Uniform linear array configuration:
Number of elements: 64
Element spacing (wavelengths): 0.5
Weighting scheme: hann
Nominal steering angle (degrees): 15
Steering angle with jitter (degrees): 13.041
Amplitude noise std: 0.05
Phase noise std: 0.05

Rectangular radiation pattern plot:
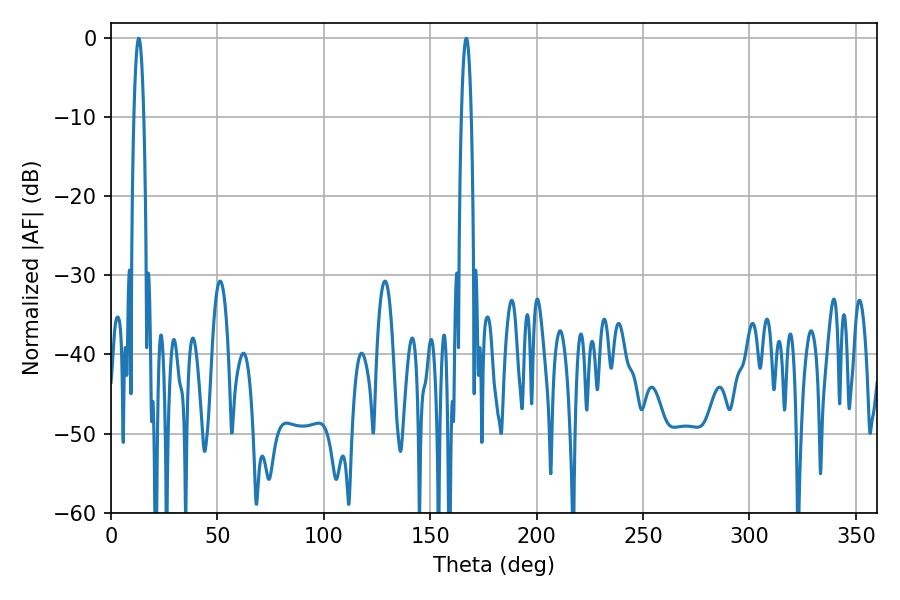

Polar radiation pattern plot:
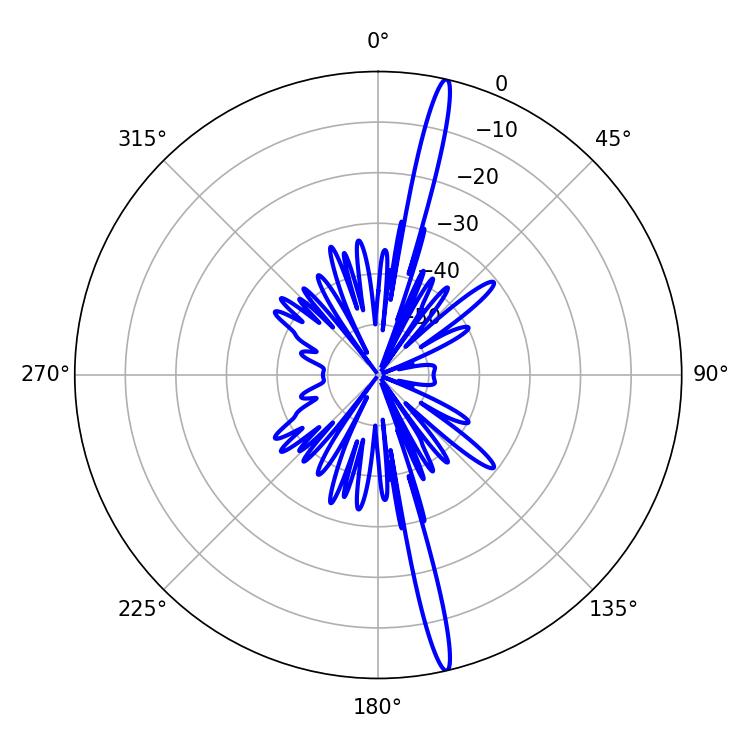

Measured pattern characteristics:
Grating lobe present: FALSE
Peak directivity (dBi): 19.567
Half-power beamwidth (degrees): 2.34
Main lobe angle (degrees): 12.96